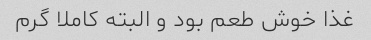
غذا خوش طعم بود و البته کاملا گرم